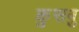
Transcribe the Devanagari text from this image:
कुसबु